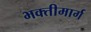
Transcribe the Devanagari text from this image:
भक्तीमार्ग